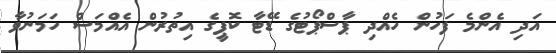
އަދި އެންމެ ފަހުން ހެއްދި ޕާސްޕޯޓުގެ ޑޭޓާ ކޮޕީގެ އިތުރުން އެއްމަސް ހަމަނުވާ